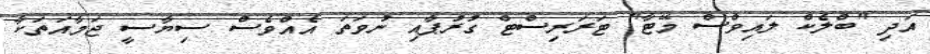
އަދި "ބްލެކް ލައިވްސް މޭޓާ" ޓަރަރިސްޓް ގުރުޕާއި ނުވަތަ އެއްވެސް ސިޔާސީ ޖަމާއަތަކާ